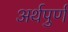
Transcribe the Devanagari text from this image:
अर्थपुर्ण